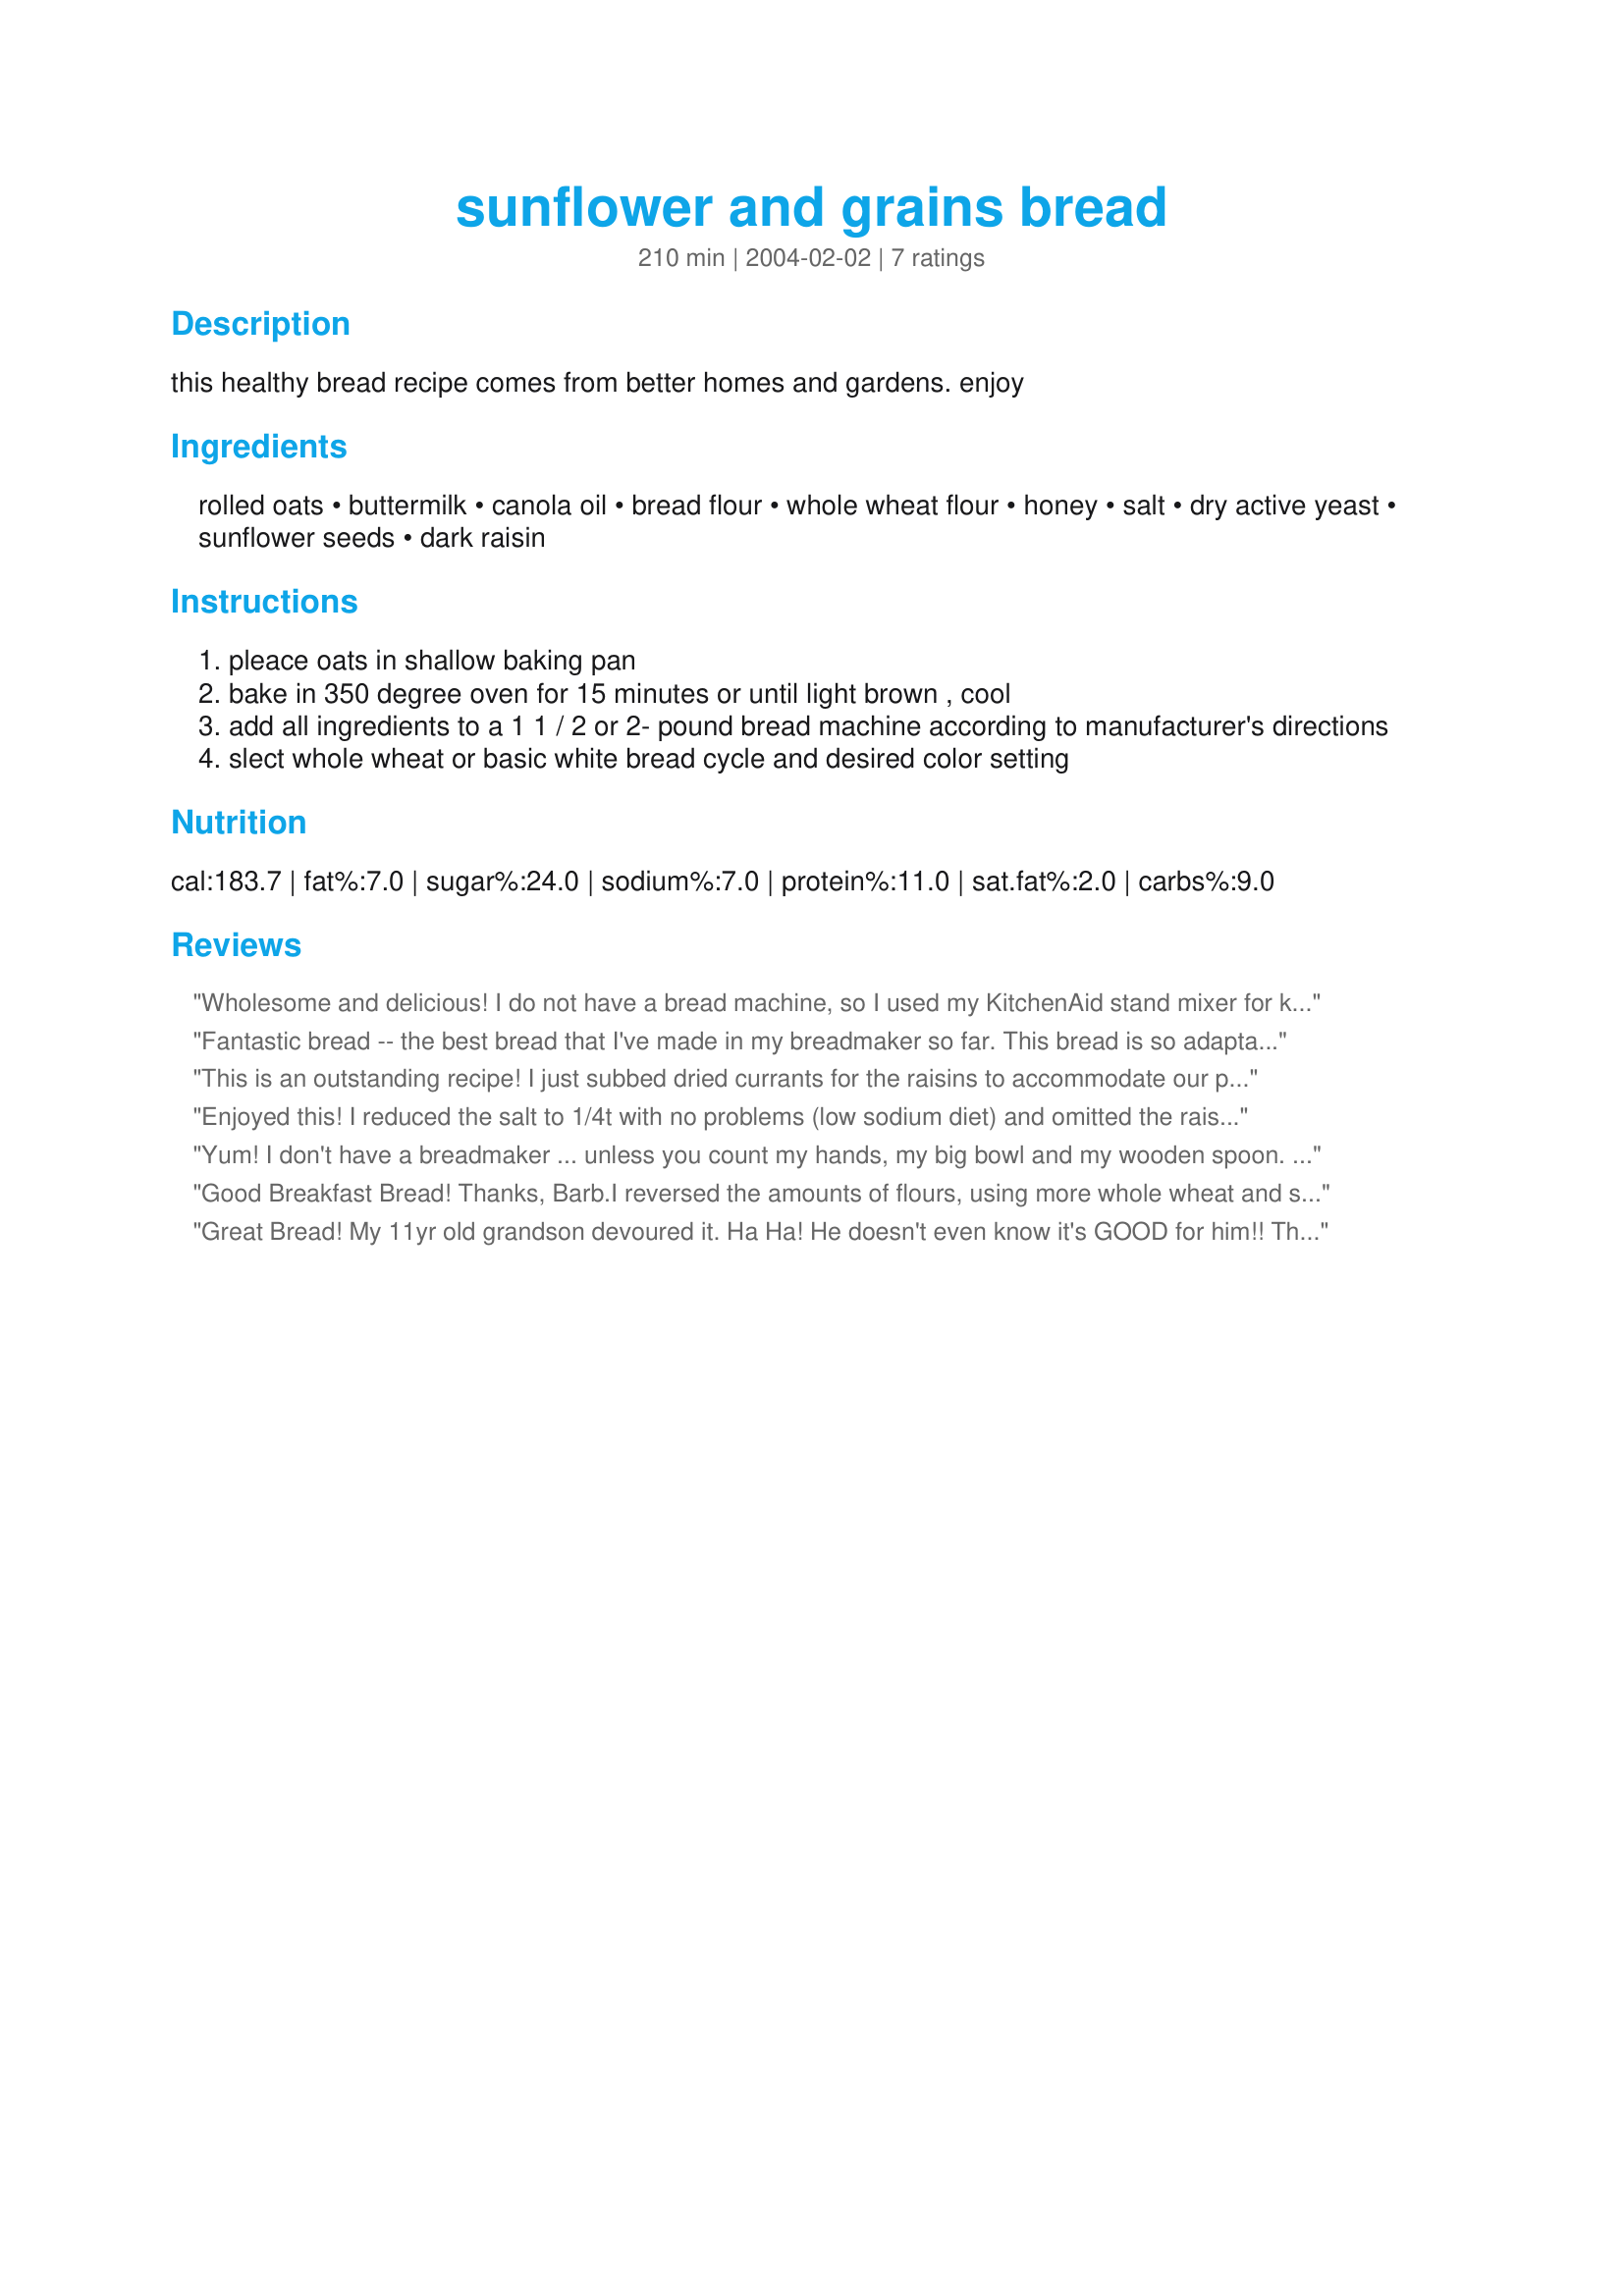
sunflower and grains bread
Preparation time: 210 minutes

this healthy bread recipe comes from better homes and gardens. enjoy

Ingredients:
rolled oats, buttermilk, canola oil, bread flour, whole wheat flour, honey, salt, dry active yeast, sunflower seeds, dark raisin

Steps:
pleace oats in shallow baking pan
bake in 350 degree oven for 15 minutes or until light brown , cool
add all ingredients to a 1 1 / 2 or 2- pound bread machine according to manufacturer's directions
slect whole wheat or basic white bread cycle and desired color setting

Reviews:
Wholesome and delicious! I do not have a bread machine, so I used my KitchenAid stand mixer for kneading and an oiled bowl for rising. I allowed the bread dough to rise twice (until double) in the bowl then once more (until I liked its height) in a prepared 9x5" loaf pan. I had toasted the raw sunflower seeds but omitted the raisins. I did not change any other ingredients and my family was very happy with the results. I'll make this bread again soon! Thanks so much for the recipe!
Fantastic bread -- the best bread that I've made in my breadmaker so far. This bread is so adaptable. I was out of canola oil so used corn and out of raisins so used dried cranberries. I also used only white flour and this won praises all around. I only had salted sunflower kerels so used a bit less salt. Next time we will try it with different flours and other dried fruit. So good and so good for you. A winner all around. This is a keeper! Thanks Barb for sharing!
This is an outstanding recipe! I just subbed dried currants for the raisins to accommodate our personal preferences but otherwise made it up as is. The taste is superb. Even the "ewww sunflower seeds" crew liked it. It's a keeper for sure.
Enjoyed this! I reduced the salt to 1/4t with no problems (low sodium diet) and omitted the raisins. I have made a similar recipe but this was is better because it was moister. This goes in the keeper file!
Yum! I don't have a breadmaker ... unless you count my hands, my big bowl and my wooden spoon. But this recipe adapts really easily to making the 'old-fashioned way'. I toasted the sunflower seeds with the oats and then combined all the dry ingredients in a bowl. I subbed sultanas for the rasins as I prefer them. I warmed the milk in a jug in the microwave(used ordinary milk each time I've made this bread and it works well) and mixed in the honey. Then I added the wet ingredients to the dry and kneaded the whole lot til my arms nearly fell off. Popped into an oiled (olive or sunflower oil) loaf tin, covered with cling film and into the top oven for an hour or so til doubled in size. Into the oven for 35 mins (-ish!). Et viola! Terrific! I did notice that the crust darkens quite dark during baking but the bread is absolutely fine inside (indeed, the crust doesn't taste burnt despite being dark).
Good Breakfast Bread! Thanks, Barb.I reversed the amounts of flours, using more whole wheat and so I added a Tbsp of wheat gluten. Other than that I didn't mess with a good recipe! I just put some margarine on it and have it with my coffee, yum-m-m! Carole in Orlando
Great Bread! My 11yr old grandson devoured it. Ha Ha! He doesn't even know it's GOOD for him!! Thanks for a terrific recipe, Barb.
